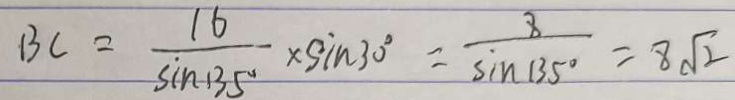
B C = \frac { 1 6 } { \sin 1 3 5 \circ } \times \sin 3 0 ^ { \circ } = \frac { 8 } { \sin 1 3 5 ^ { \circ } } = 8 \sqrt { 2 }